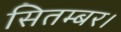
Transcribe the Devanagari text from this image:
सितम्बर।